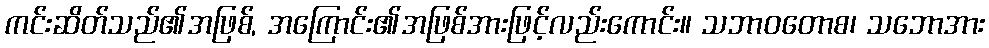
ကင်းဆိတ်သည်၏အဖြစ်, အကြောင်း၏အဖြစ်အားဖြင့်လည်းကောင်း။ သဘာဝတောစ၊ သဘောအား